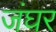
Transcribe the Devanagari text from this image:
जंघर